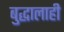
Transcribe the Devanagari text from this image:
बुद्धालाही